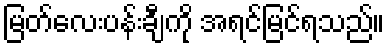
မြတ်လေးပန်းချီကို အရင်မြင်ရသည်။